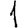
Digit: 1